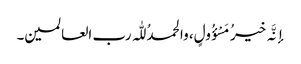
إنَّہ خیرُ مَسْؤُولٍ، والحمدُ للّٰہ رب العالمین۔